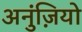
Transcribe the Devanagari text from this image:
अनुंज़ियो